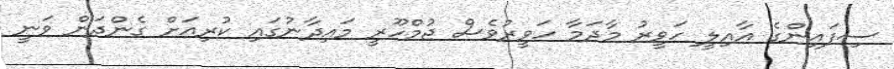
ސިފައިންގެ އާއިލީ ހަވީރު މާދަމާ ހަވީރުވެސް ޖުމްހޫރީ މައިދާނުގައި ކުރިއަށް ގެންދަން ވަނީ